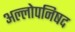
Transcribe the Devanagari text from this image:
अल्लोपनिषद